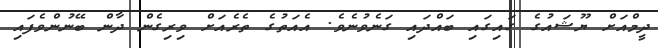
ދީމްއަށް ޔޫޝައުގެ ގައިގައި ބައްދައި ގަނެވުނެވެ. އެއަތުގެ ތެރެއަށް ވިރިގެން ދާން ބޭނުންވެފައި